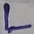
Text: L